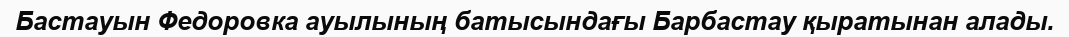
Бастауын Федоровка ауылының батысындағы Барбастау қыратынан алады.